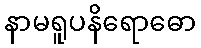
နာမရူပနိရောဓော